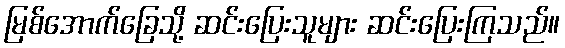
မြစ်အောက်ခြေသို့ ဆင်းပြေးသူများ ဆင်းပြေးကြသည်။